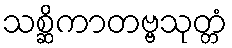
သစ္ဆိကာတဗ္ဗသုတ္တံ